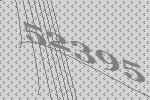
52395